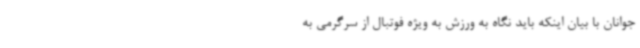
جوانان با بیان اینکه باید نگاه به ورزش به ویژه فوتبال از سرگرمی به